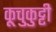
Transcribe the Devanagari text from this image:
कूचुकुट्टी